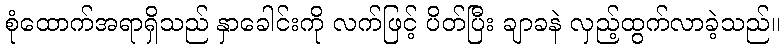
စုံထောက်အရာရှိသည် နှာခေါင်းကို လက်ဖြင့် ပိတ်ပြီး ချာခနဲ လှည့်ထွက်လာခဲ့သည်။